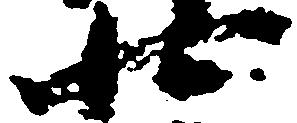
廿